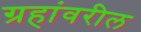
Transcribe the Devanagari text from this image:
ग्रहांवरील